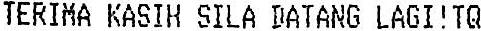
TERIMA KASIH SILA DATANG LAGI!TQ